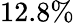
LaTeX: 12.8\%